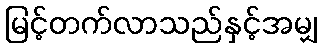
မြင့်တက်လာသည်နှင့်အမျှ